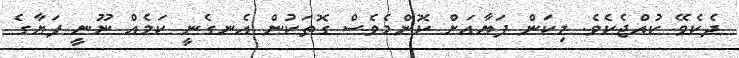
ދެކެވޭ ކުއްޖެކެވެ. މިކަން ފަޔާއަށް ކޮންމެވެސް ގޮތަކުން އެނގެނީ ކަމެއް ނޫނީ ފަޔާގެ